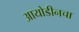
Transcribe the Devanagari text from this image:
आयोडीनचा